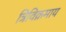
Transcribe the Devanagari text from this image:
त्रिविक्रमाय